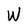
Character: W